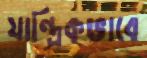
যান্ত্রিকভাবে